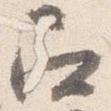
召